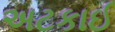
અટકાઈ